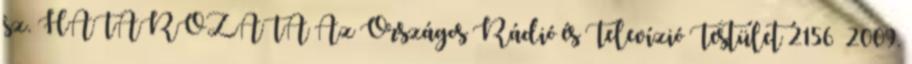
sz. HATÁROZATA Az Országos Rádió és Televízió Testület 2156 2009.